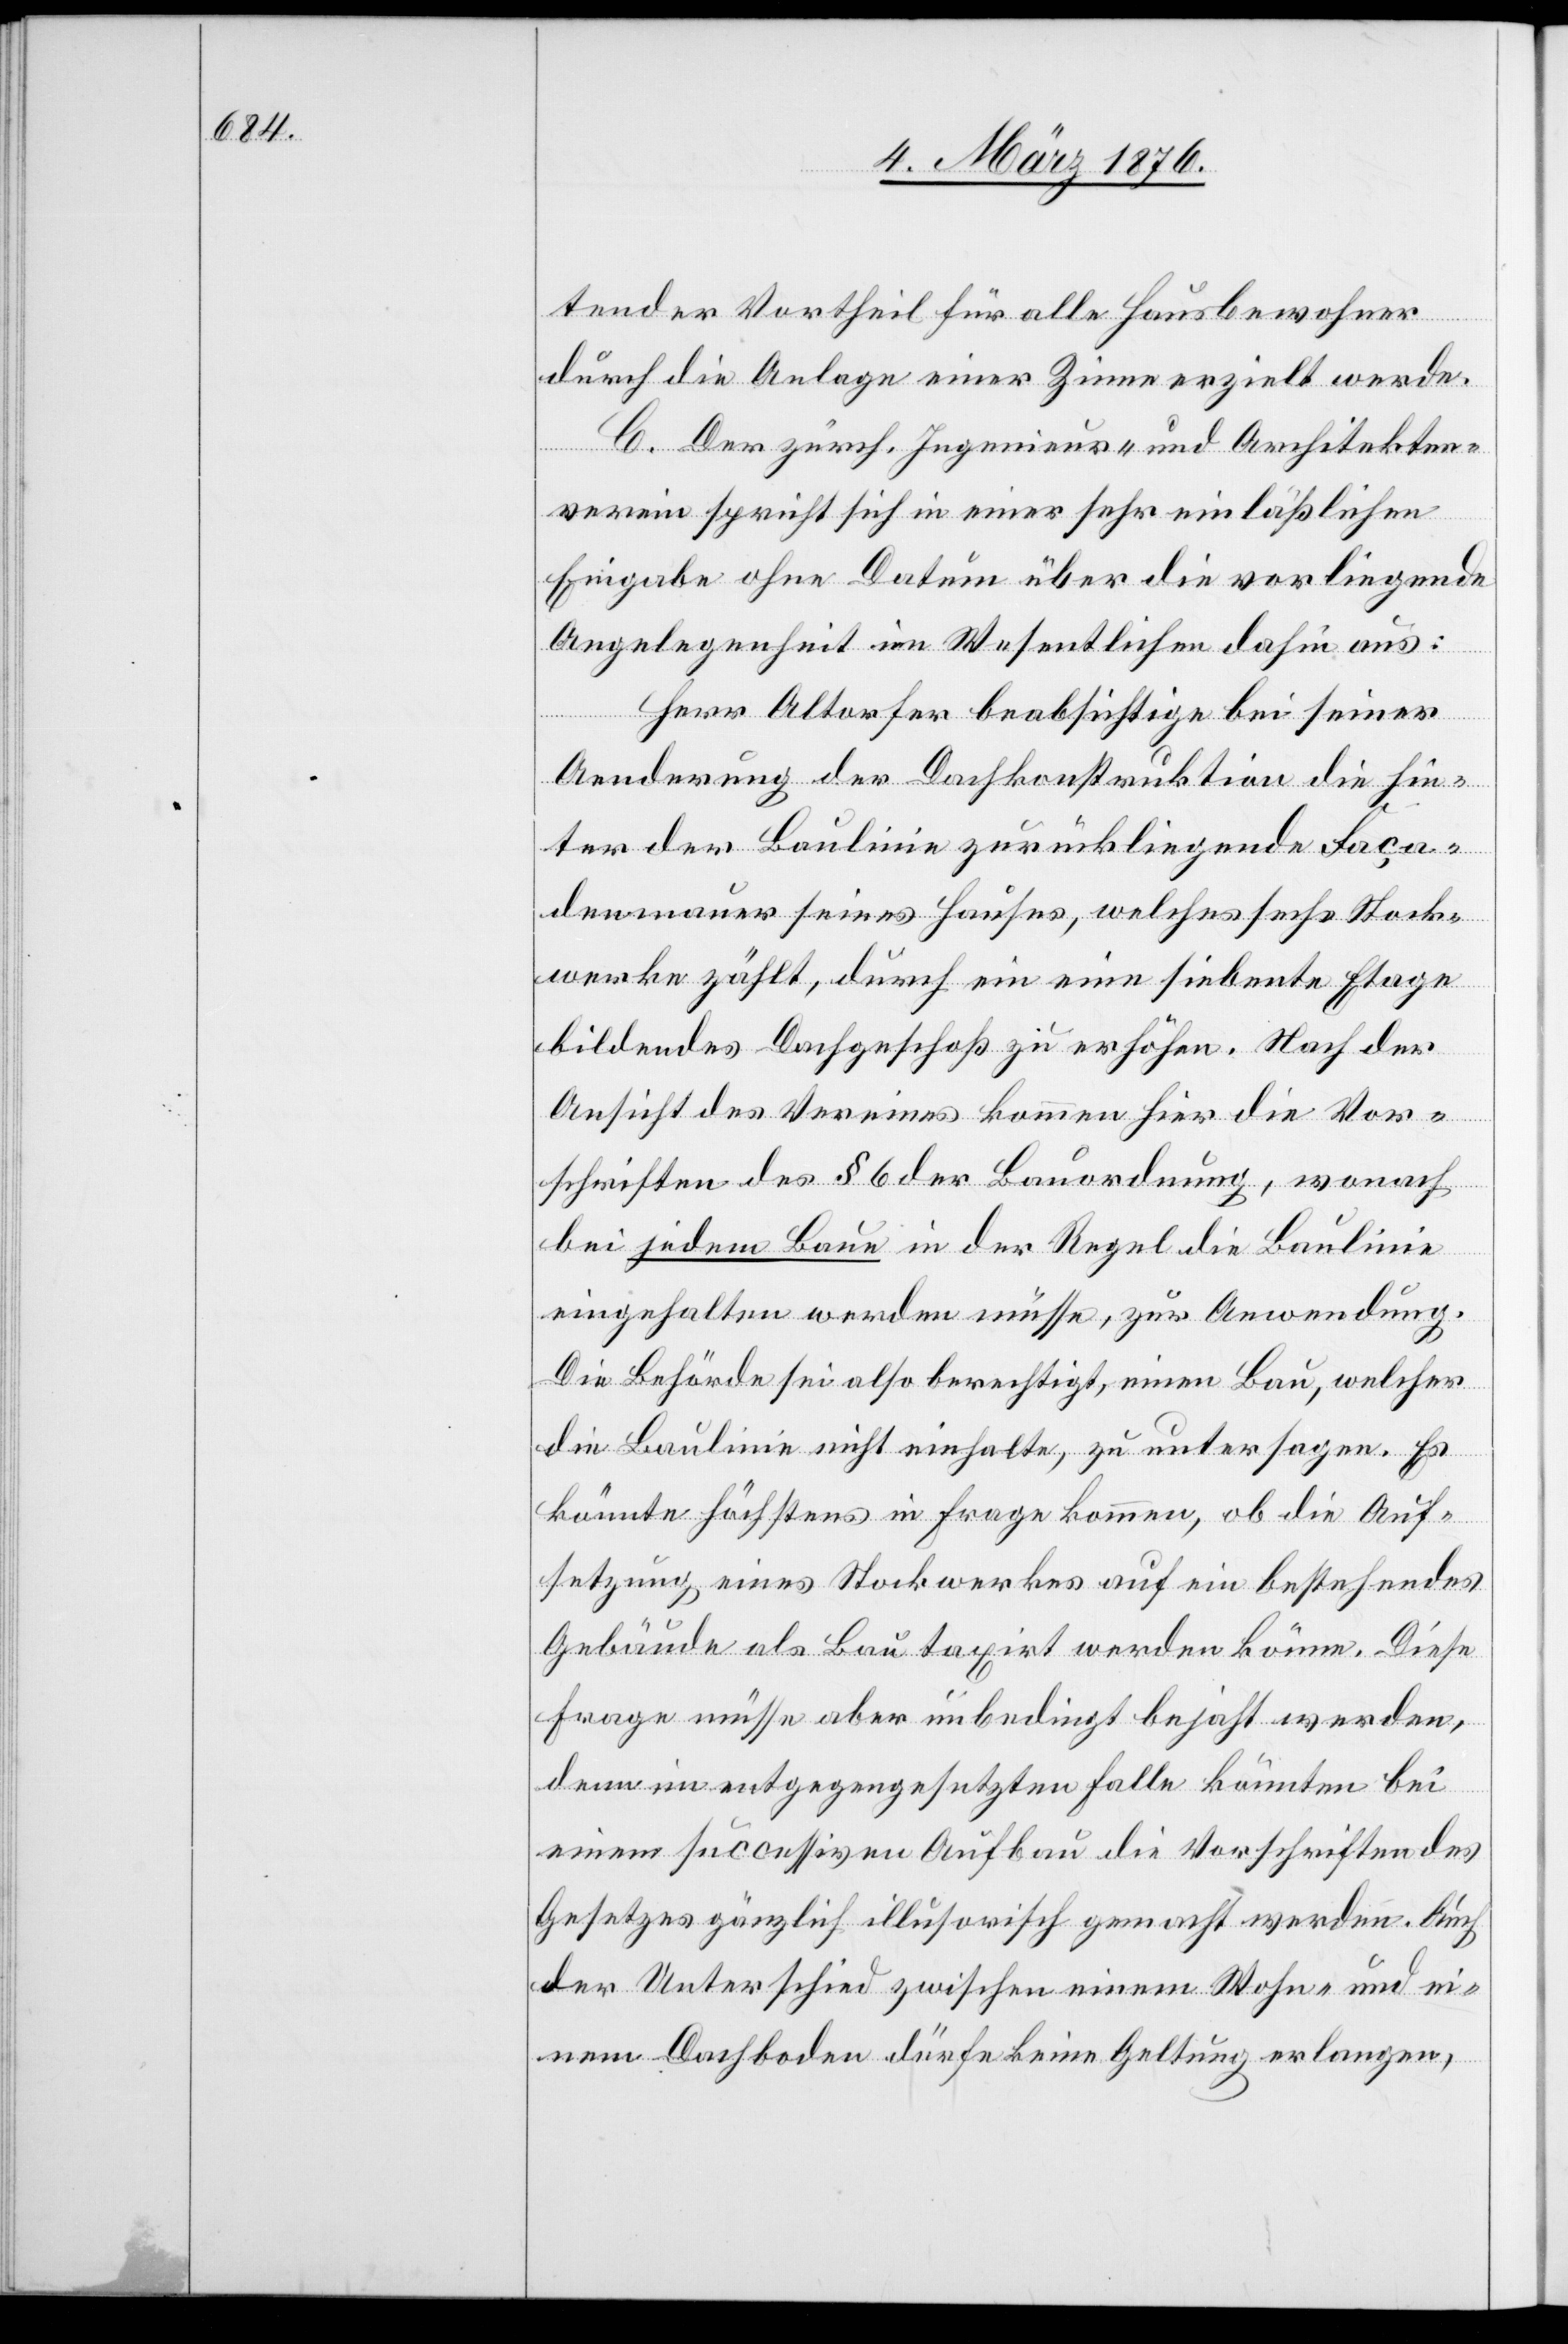
tender Vortheil für alle Hausbewohner
durch die Anlage einer Zinne erzielt werde.
C. Der zürch. Ingenieur- und Architekten¬
verein spricht sich in einer sehr einläßlichen
Eingabe ohne Datum über die vorliegende
Angelegenheit im Wesentlichen dahin aus:
Herr Altorfer beabsichtige bei seiner
Aenderung der Dachkonstruktion die hin¬
ter der Baulinie zurückliegende Faca¬
denmauer seines Hauses, welches sechs Stock¬
werke zählt, durch ein eine siebente Etage
bildendes Dachgeschoß zu erhöhen. Nach der
Ansicht des Vereines kommen hier die Vor¬
schriften des § 6 der Bauordnung, wonach
bei jedem Baue in der Regel die Baulinie
eingehalten werden müsse, zur Anwendung.
Die Behörde sei also berechtigt, einen Bau, welcher
die Baulinie nicht einhalte, zu untersagen. Es
könnte höchstens in Frage kommen, ob die Auf¬
setzung eines Stockwerkes auf ein bestehendes
Gebäude als Bau taxirt werden könne. Diese
Frage müsse aber unbedingt bejaht werden,
denn im entgegengesetzten Falle könnten bei
einem seccessiven Aufbau die Vorschriften des
Gesetzes gänzlich illusorisch gemacht werden. Auch
der Unterschied zwischen einem Wohn- und ei¬
nem Dachboden dürfe keine Geltung erlangen,